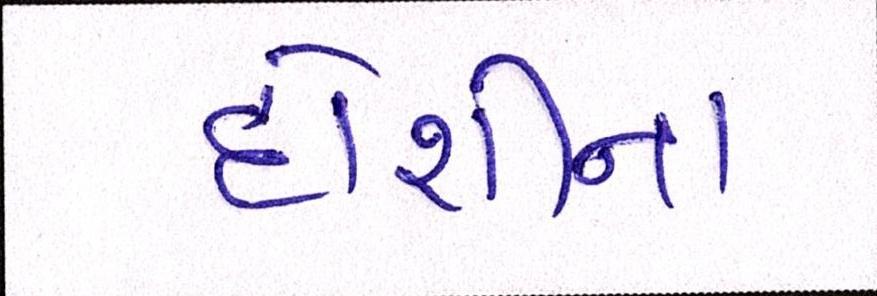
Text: દોશીના